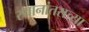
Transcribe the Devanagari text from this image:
स्थानांतराच्या